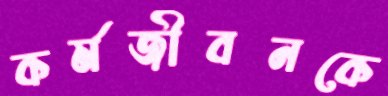
কর্মজীবনকে